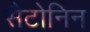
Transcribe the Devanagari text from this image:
सैटोनिन